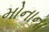
મોનાના